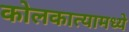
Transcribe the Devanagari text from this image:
कोलकात्यामध्ये